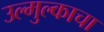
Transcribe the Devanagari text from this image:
उल्मुल्काचा